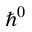
\hbar ^ { 0 }